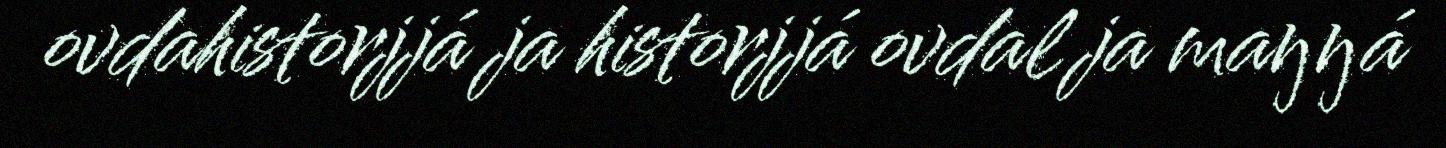
ovdahistorjjá ja historjjá ovdal ja maŋŋá